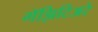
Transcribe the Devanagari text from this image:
गॅझिटिअरे